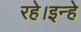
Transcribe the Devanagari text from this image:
रहे।इन्हे